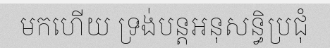
មកហើយ ទ្រង់បន្តអនុសន្ធិប្រជុំ